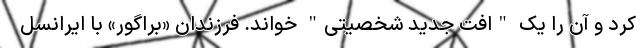
کرد و آن را یک "افت جدید شخصیتی" خواند. فرزندان «براگور» با ایرانسل